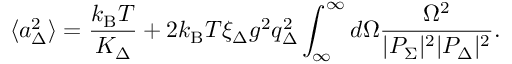
\langle a _ { \Delta } ^ { 2 } \rangle = \frac { k _ { \mathrm { B } } T } { K _ { \Delta } } + 2 k _ { \mathrm { B } } T \xi _ { \Delta } g ^ { 2 } q _ { \Delta } ^ { 2 } \int _ { \infty } ^ { \infty } d \Omega \frac { \Omega ^ { 2 } } { | P _ { \Sigma } | ^ { 2 } | P _ { \Delta } | ^ { 2 } } .